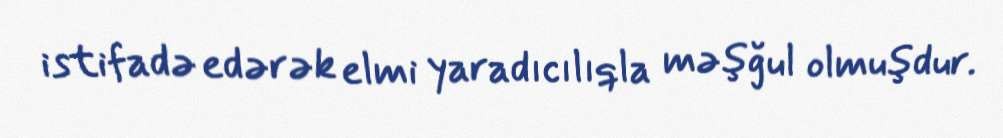
istifadə edərək elmi yaradıcılıqla məşğul olmuşdur.